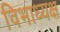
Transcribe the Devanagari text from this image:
विभाध्यक्ष